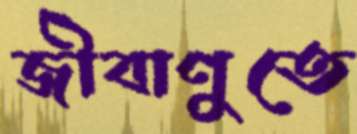
জীবাণুতে